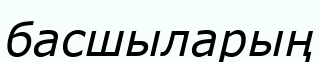
басшыларың